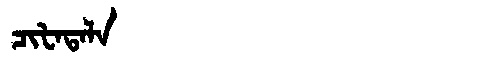
Manchu: ᠴᡳᡶᠠᡨᠠᠯᠠ
Romanization: CIFATALA